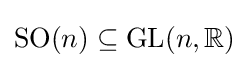
\mathrm {SO} (n)\subseteq \mathrm {GL} (n,\mathbb {R} )